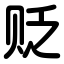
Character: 贬